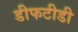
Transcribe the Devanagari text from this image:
डीफटीडी